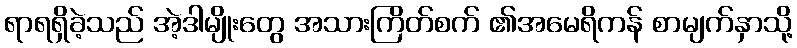
ရာရရှိခဲ့သည် အဲ့ဒါမျိုးတွေ အသားကြိတ်စက် ၏အမေရိကန် စာမျက်နှာသို့